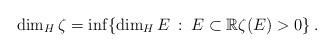
LaTeX: \begin{align*}\dim_{H}\zeta=\inf\{\dim_{H}E\::\:E\subset\mathbb{R}\zeta(E)>0\}\:.\end{align*}